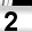
Digit: 2